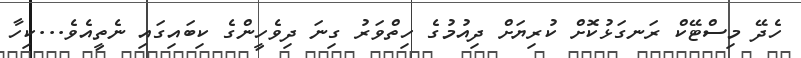
ހެދޭ މިސްޓޭކް ރަނގަޅުކޮށް ކުރިޔަށް ދިއުމުގެ ހިތްވަރު ގިނަ ދިވެހީންގެ ކިބައިގައި ނެތީއެވެ...ކިހާ